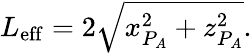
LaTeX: L_{\mathrm{eff}}=2\sqrt{x_{P_{A}}^{2}+z_{P_{A}}^{2}}.